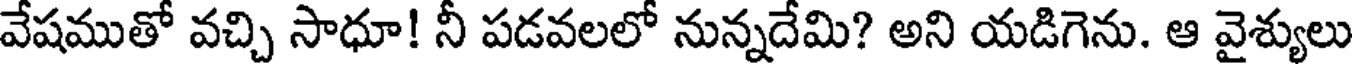
వేషముతో వచ్చి సాధూ! నీ పడవలలో నున్నదేమి? అని యడిగెను. ఆ వైశ్యులు